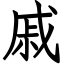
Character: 戚